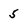
Character: 5